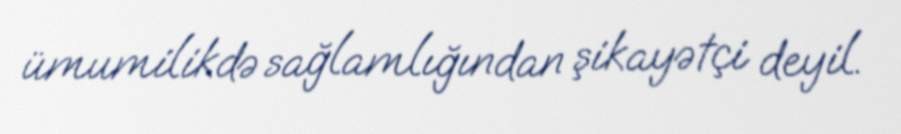
ümumilikdə sağlamlığından şikayətçi deyil.